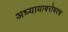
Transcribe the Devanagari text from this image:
अध्यायाबरोबरच